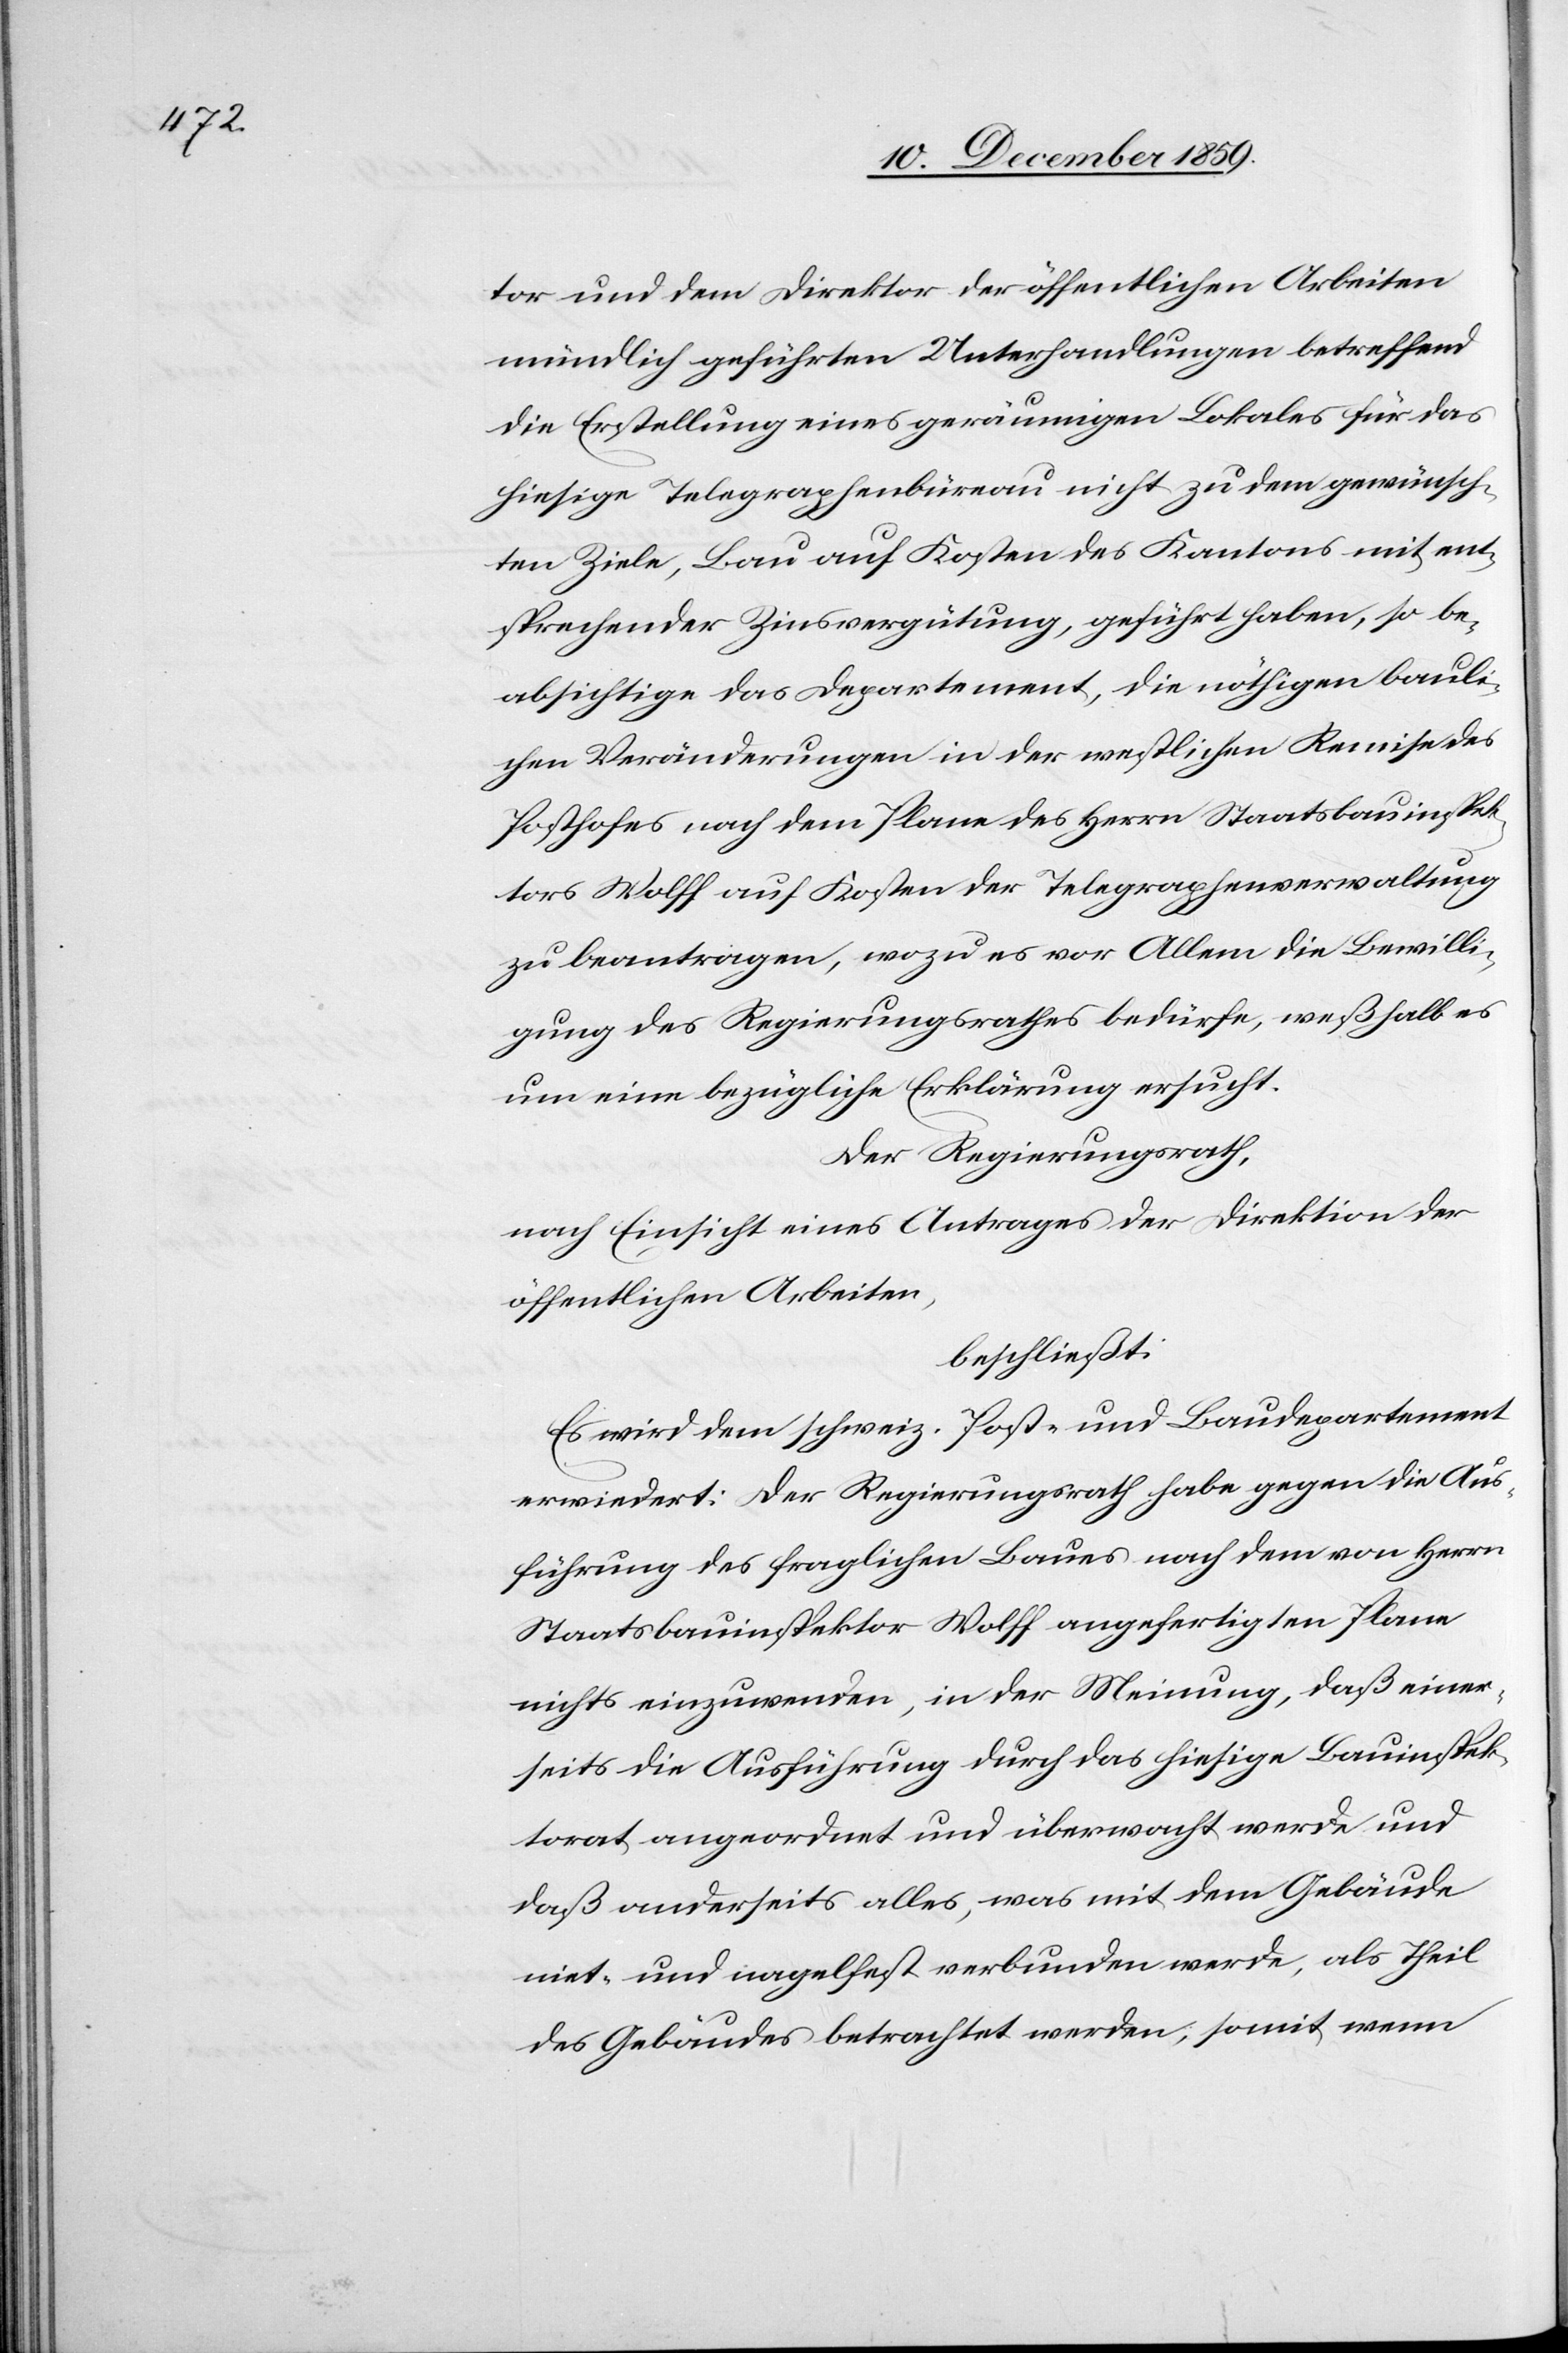
tor und dem Direktor der öffentlichen Arbeiten
mündlich geführten Unterhandlungen betreffend
die Erstellung eines geräumigen Lokals für das
hiesige Telegraphenbüreau nicht zu dem gewünsch¬
ten Ziele, Bau auf Kosten des Kantons mit ent¬
sprechender Zinsvergütung, geführt habe, so be¬
absichtige das Departement, die nöthigen bauli¬
chen Veränderungen in der westlichen Remise des
Posthofes nach dem Plane des Herrn Staatsbauinspek¬
tors Wolff auf Kosten der Telegraphenverwaltung
zu beantragen, wozu es vor Allem die Bewilli¬
gung des Regierungsrathes bedürfe, weßhalb es
um eine bezügliche Erklärung ersucht.
Der Regierungsrath,
nach Einsicht eines Antrages der Direktion der
öffentlichen Arbeiten,
beschließt:
Es wird dem schweiz. Post- und Baudepartement
erwiedert: Der Regierungsrath habe gegen die Aus¬
führung des fraglichen Baues nach dem von Herrn
Staatsbauinspektor Wolff angefertigten Plane
nichts einzuwenden, in der Meinung, daß einer¬
seits die Ausführung durch das hiesige Bauinspek¬
torat angeordnet und überwacht werde und
daß anderseits alles, was mit dem Gebäude
niet- und nagelfest verbunden werde, als Theil
des Gebäudes betrachtet werde, somit wenn